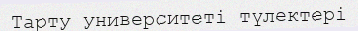
Тарту университеті түлектері